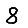
Digit: 8